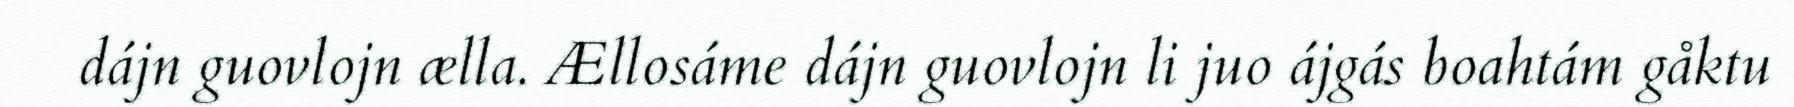
dájn guovlojn ælla. Ællosáme dájn guovlojn li juo ájgás boahtám gåktu